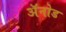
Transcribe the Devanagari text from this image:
अॅनोड